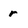
Character: r